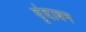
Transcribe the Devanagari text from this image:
वृंदाबन